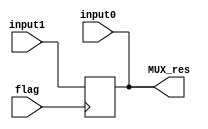
`timescale 1ns / 1ps
//IF
//
module MUXposEdge(
	input [31:0] input0,
	input [31:0] input1,
	input flag,
	output reg [31:0] MUX_res
    );
	
	always @ (posedge flag)
	begin
		MUX_res <= input1;
	end
	
	always @ (input0)
	begin
		MUX_res = input0;
	end
	
endmodule